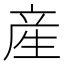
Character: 産